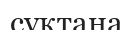
сұқтана